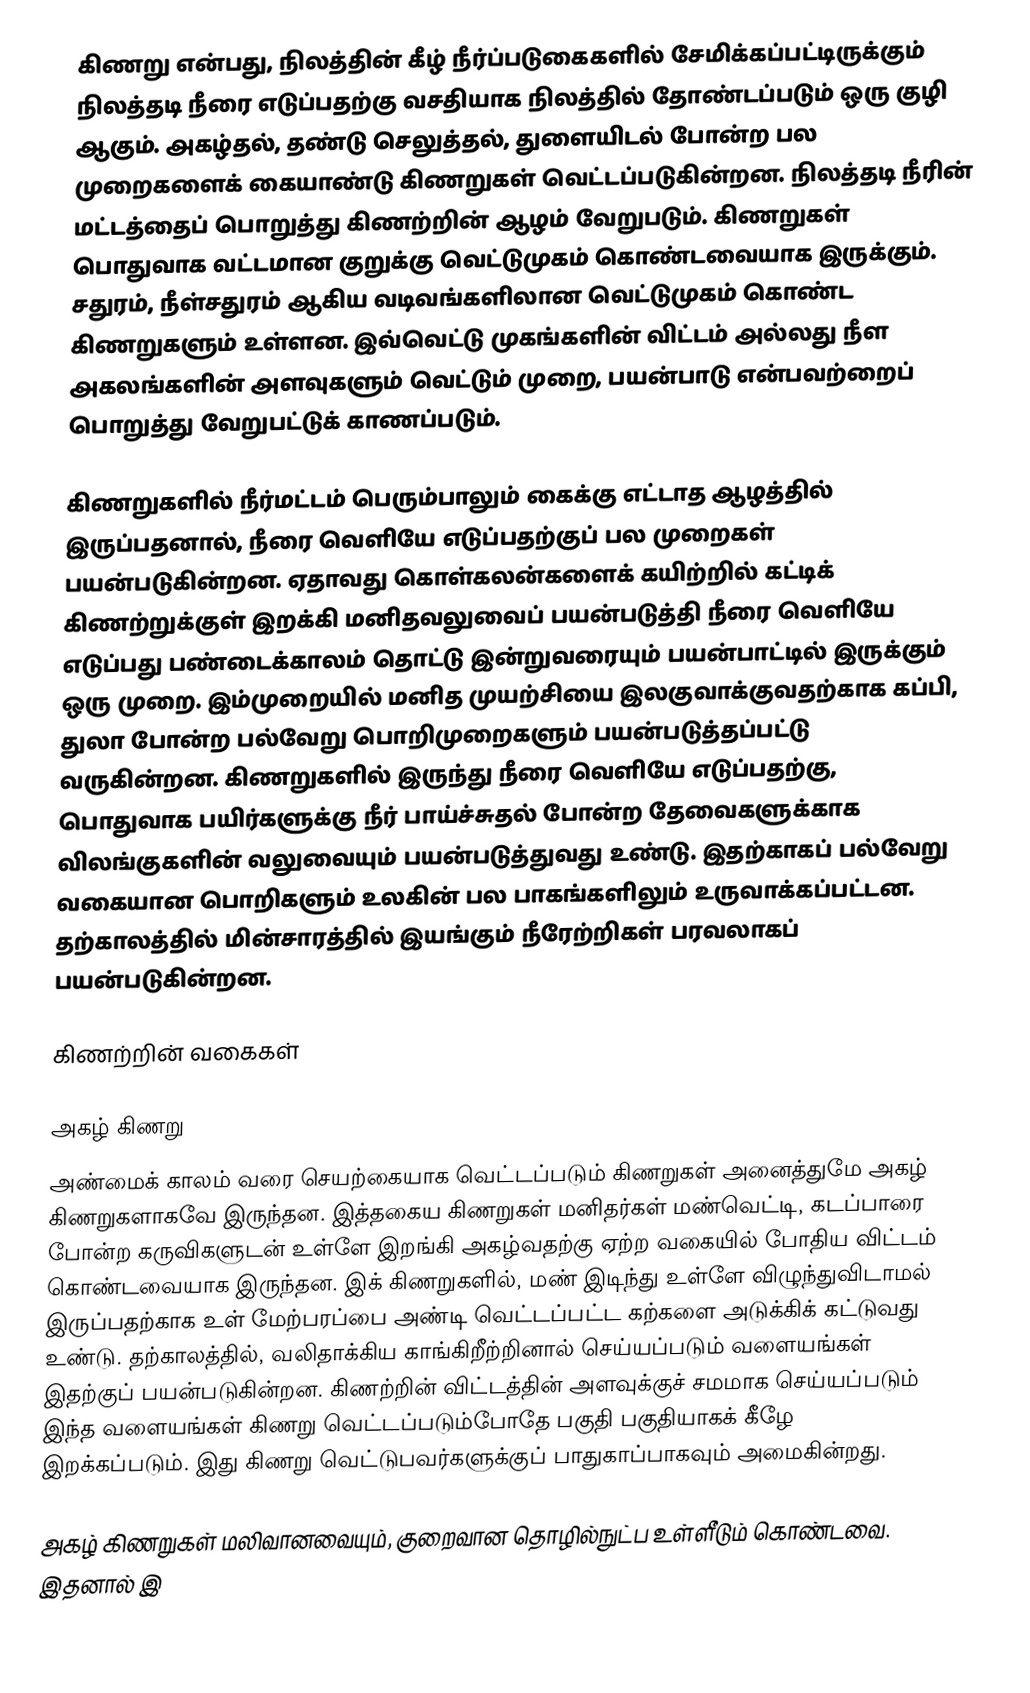
கிணறு என்பது, நிலத்தின் கீழ் நீர்ப்படுகைகளில் சேமிக்கப்பட்டிருக்கும் நிலத்தடி நீரை எடுப்பதற்கு வசதியாக நிலத்தில் தோண்டப்படும் ஒரு குழி ஆகும். அகழ்தல், தண்டு செலுத்தல், துளையிடல் போன்ற பல முறைகளைக் கையாண்டு கிணறுகள் வெட்டப்படுகின்றன. நிலத்தடி நீரின் மட்டத்தைப் பொறுத்து கிணற்றின் ஆழம் வேறுபடும். கிணறுகள் பொதுவாக வட்டமான குறுக்கு வெட்டுமுகம் கொண்டவையாக இருக்கும். சதுரம், நீள்சதுரம் ஆகிய வடிவங்களிலான வெட்டுமுகம் கொண்ட கிணறுகளும் உள்ளன. இவ்வெட்டு முகங்களின் விட்டம் அல்லது நீள அகலங்களின் அளவுகளும் வெட்டும் முறை, பயன்பாடு என்பவற்றைப் பொறுத்து வேறுபட்டுக் காணப்படும்.

கிணறுகளில் நீர்மட்டம் பெரும்பாலும் கைக்கு எட்டாத ஆழத்தில் இருப்பதனால், நீரை வெளியே எடுப்பதற்குப் பல முறைகள் பயன்படுகின்றன. ஏதாவது கொள்கலன்களைக் கயிற்றில் கட்டிக் கிணற்றுக்குள் இறக்கி மனிதவலுவைப் பயன்படுத்தி நீரை வெளியே எடுப்பது பண்டைக்காலம் தொட்டு இன்றுவரையும் பயன்பாட்டில் இருக்கும் ஒரு முறை. இம்முறையில் மனித முயற்சியை இலகுவாக்குவதற்காக கப்பி, துலா போன்ற பல்வேறு பொறிமுறைகளும் பயன்படுத்தப்பட்டு வருகின்றன. கிணறுகளில் இருந்து நீரை வெளியே எடுப்பதற்கு, பொதுவாக பயிர்களுக்கு நீர் பாய்ச்சுதல் போன்ற தேவைகளுக்காக விலங்குகளின் வலுவையும் பயன்படுத்துவது உண்டு. இதற்காகப் பல்வேறு வகையான பொறிகளும் உலகின் பல பாகங்களிலும் உருவாக்கப்பட்டன. தற்காலத்தில் மின்சாரத்தில் இயங்கும் நீரேற்றிகள் பரவலாகப் பயன்படுகின்றன.

கிணற்றின் வகைகள்

அகழ் கிணறு
அண்மைக் காலம் வரை செயற்கையாக வெட்டப்படும் கிணறுகள் அனைத்துமே அகழ் கிணறுகளாகவே இருந்தன. இத்தகைய கிணறுகள் மனிதர்கள் மண்வெட்டி, கடப்பாரை போன்ற கருவிகளுடன் உள்ளே இறங்கி அகழ்வதற்கு ஏற்ற வகையில் போதிய விட்டம் கொண்டவையாக இருந்தன. இக் கிணறுகளில், மண் இடிந்து உள்ளே விழுந்துவிடாமல் இருப்பதற்காக உள் மேற்பரப்பை அண்டி வெட்டப்பட்ட கற்களை அடுக்கிக் கட்டுவது உண்டு. தற்காலத்தில், வலிதாக்கிய காங்கிறீற்றினால் செய்யப்படும் வளையங்கள் இதற்குப் பயன்படுகின்றன. கிணற்றின் விட்டத்தின் அளவுக்குச் சமமாக செய்யப்படும் இந்த வளையங்கள் கிணறு வெட்டப்படும்போதே பகுதி பகுதியாகக் கீழே இறக்கப்படும். இது கிணறு வெட்டுபவர்களுக்குப் பாதுகாப்பாகவும் அமைகின்றது.

அகழ் கிணறுகள் மலிவானவையும், குறைவான தொழில்நுட்ப உள்ளீடும் கொண்டவை. இதனால் இ